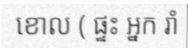
ខោល ( ផ្ទះ អ្នក រាំ